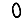
Digit: 0